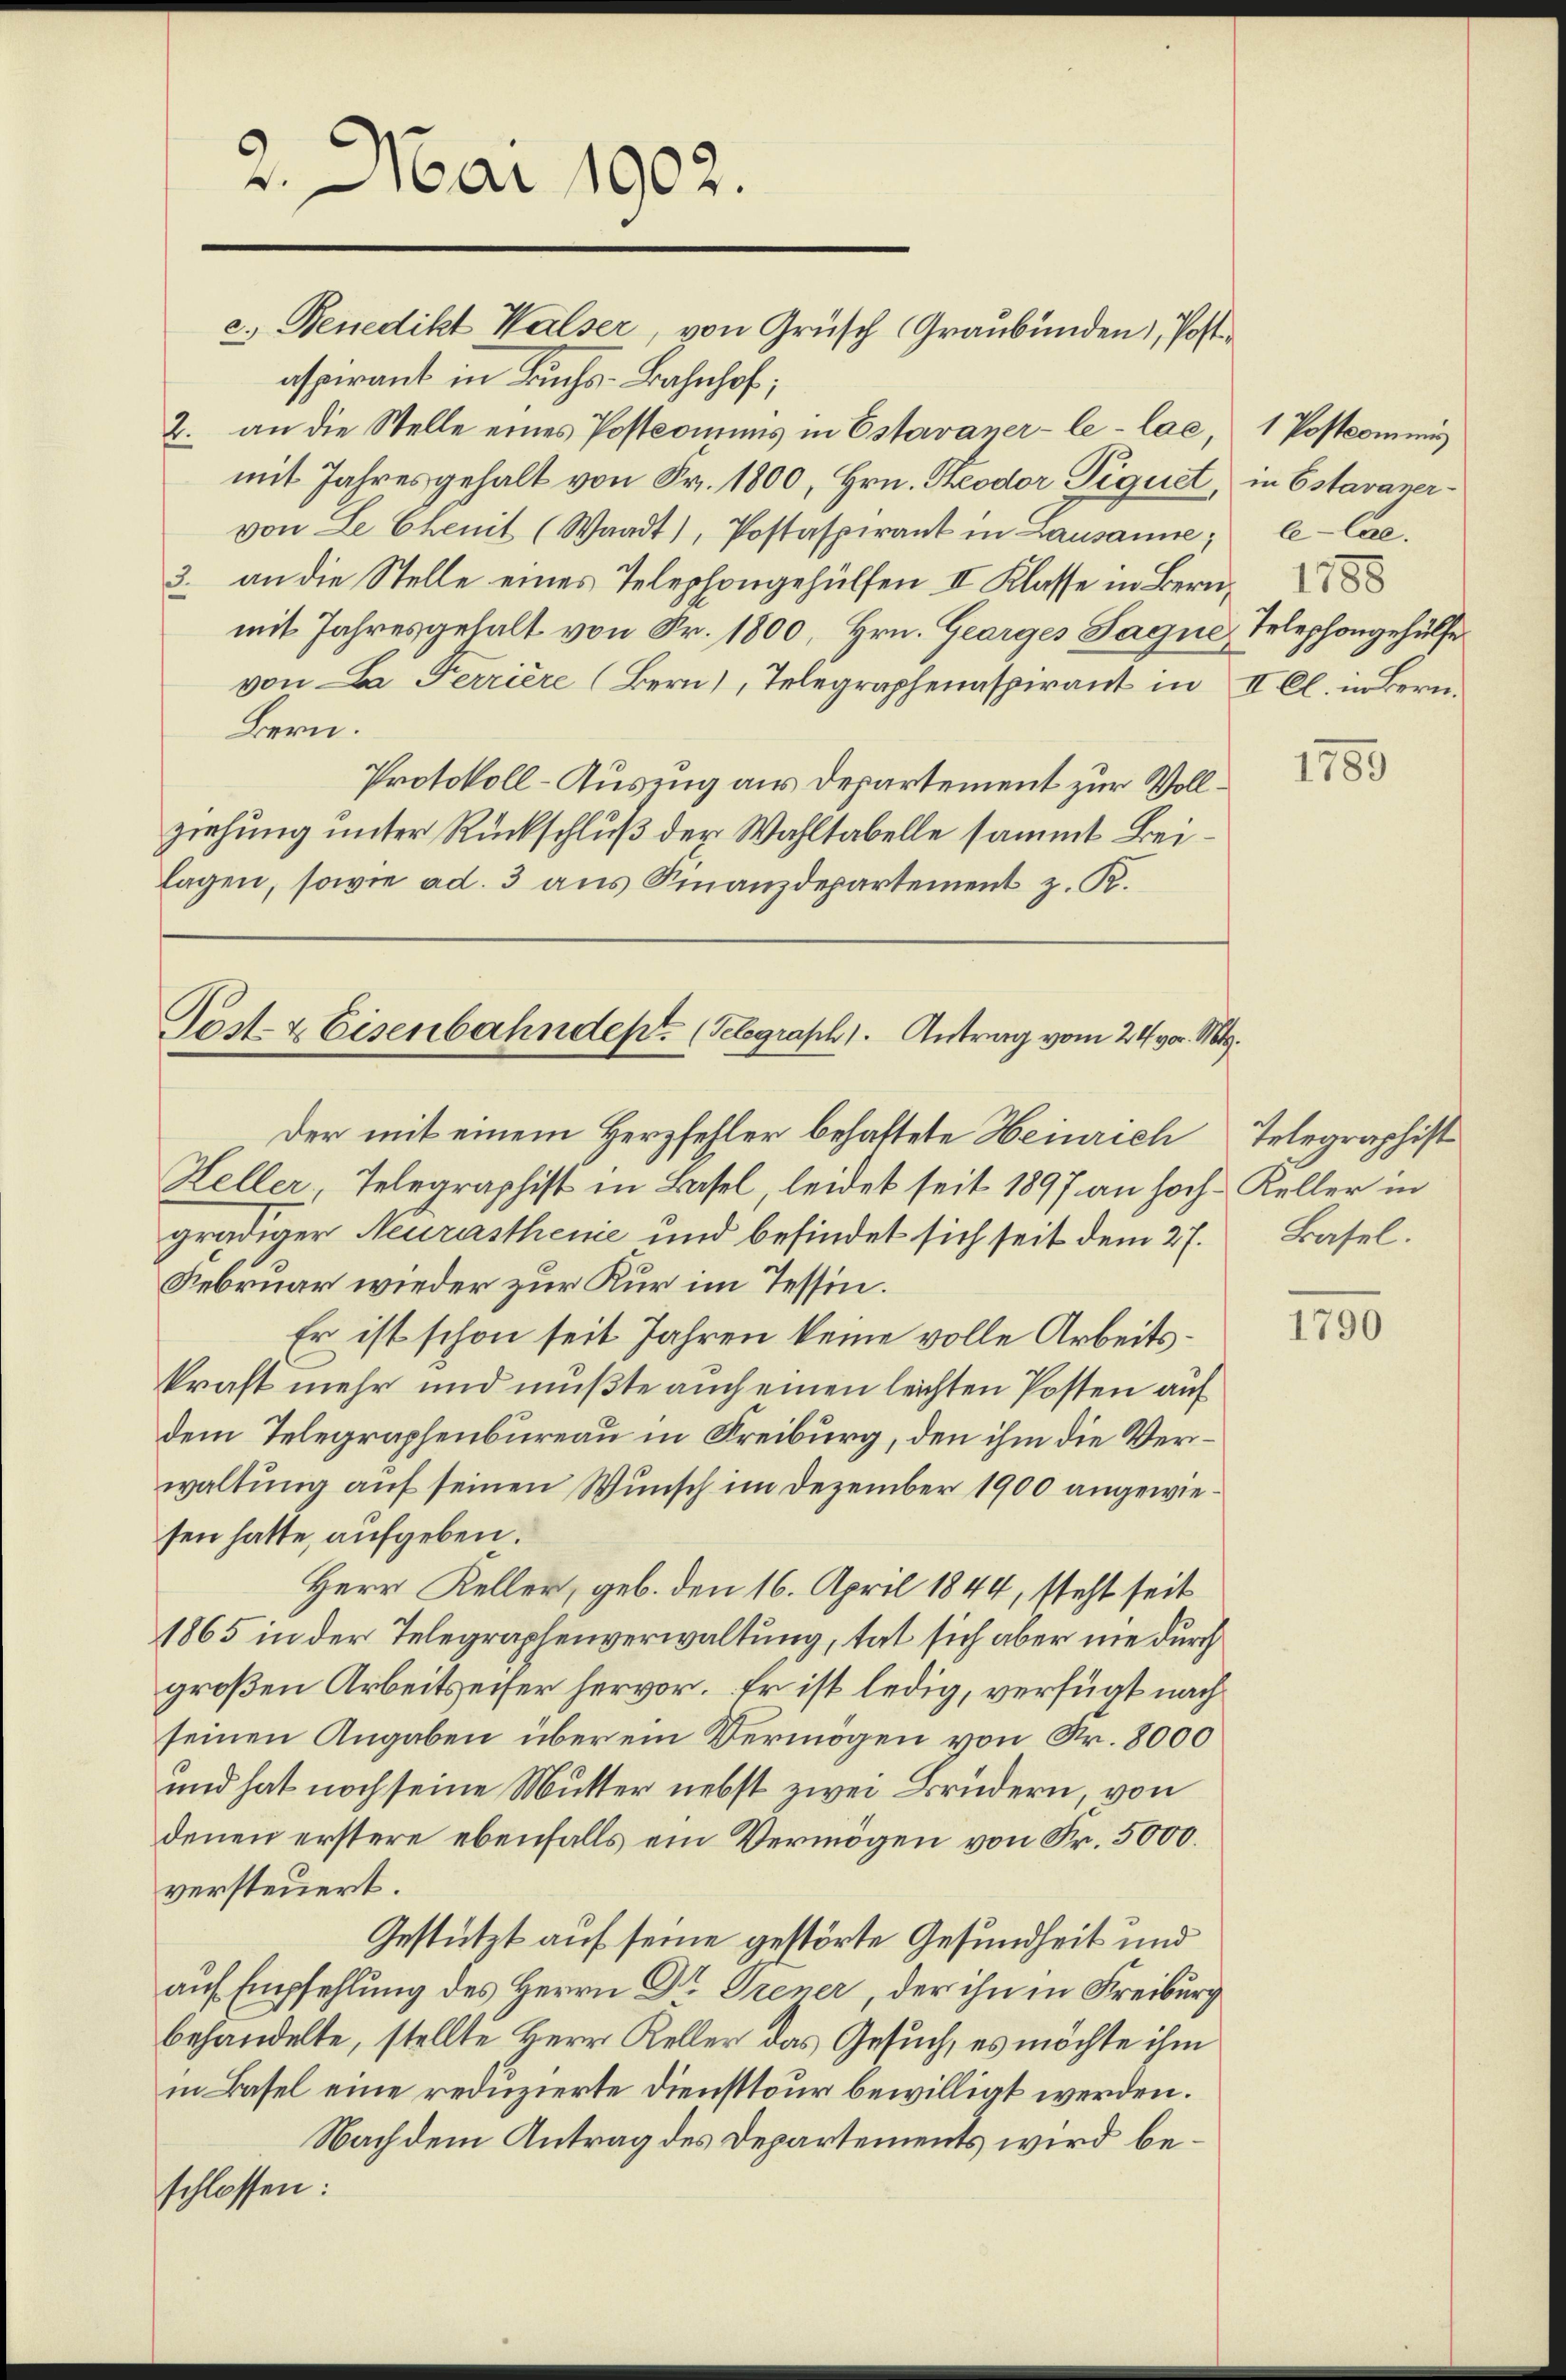
2. Mai 1902.

c.) Benedikt Walser, von Grüsch Graubünden), Post
aspirant in Buchs-Bahnhof,
2. an die Stelle eines Postcomins in Estavaner-le-lae, 1 Postcommis
mit Jahres gehalt von Fr. 1800, Hrn. Keodor Piquet, in Estavanervon Le Chemit (Waadt, Postaspirant in Lausanne; le-Cae.
3. an die Stelle eines Telephongehülfen II Klasse in Bern,
mit Jahresgehalt von Fr. 1800, Hrn. Georges Sague, Telephongehülfe
von La Ferriere (Bern), Telegraphenaspirant in II Cl. in Bern,
Bern.
Protokoll-Auszug aus Departement zur Vollziehung unter Rückschluß der Wahltabelle sammt Beilagen, sowie ad. 3 aus Finanzdepartement z. R.

Post- & Eisenbahndept. (Telegraph 1. Antrag vom 24. v. Mts.

Der mit einem Herzfehler behaftete Heinrich Telegraphist
Heller Telegraphist in Basel, leidet seit 1897 an hoch Keller in
gradiger Neurasthenie und befindet sich seit dem 27.
Februar wieder zur Kur im Tessin.
Er ist schon seit Jahren keine volle Arbeitskraft mehr und mußte auch einen leichten Posten auf
dem Telegraphenbureau in Freiburg, den ihm die Verwaltung auf seinen Wunsch im Dezember 1900 angewiesen hatte, aufgeben.
Herr Keller, geb. den 16. April 1844, steht seit
1865 in der Telegraphenverwaltung, tat sich aber nie durch
großen Arbeitseiter hervor. Er ist ledig, verfügt nachseinen Angaben über ein Vermögen von Nr. 8000
und hat noch seine Mutter nebst zwei Brüdern, von
denen erstere ebenfalls ein Vermögen von Fr. 5000.
versteuert.
Gestützt auf seine gestörte Gesundheit und
auf Empfehlung des Herrn Dr Trener, der ihn in Freiburg
behandelte, stellte Herr Keller das Gesuch, es möchte ihm
in Basel eine reduzierte Diensttour bewilligt werden.
Nach dem Antrag des Departements wird beschlossen:

1759

Basel.

1790